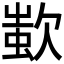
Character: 𣣷